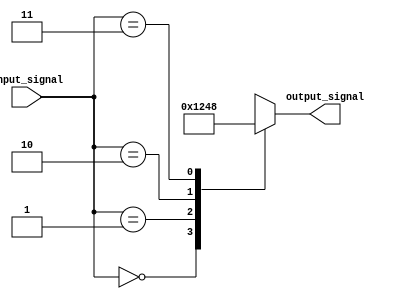
module decoder_2to4 (
    input [1:0] input_signal,
    output reg [3:0] output_signal
);

always @(*)
begin
    case (input_signal)
        2'b00: output_signal = 4'b0001;
        2'b01: output_signal = 4'b0010;
        2'b10: output_signal = 4'b0100;
        2'b11: output_signal = 4'b1000;
    endcase
end

endmodule